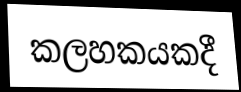
කලහකයකදී